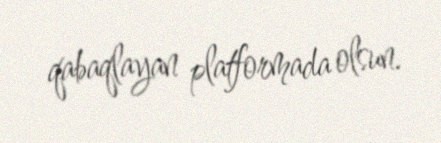
qabaqlayan platformada olsun.